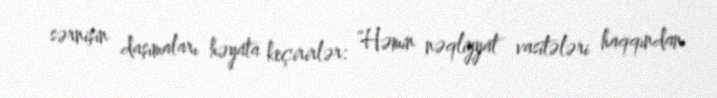
sərnişin daşımaları həyata keçirirlər: “Həmin nəqliyyat vasitələri haqqından